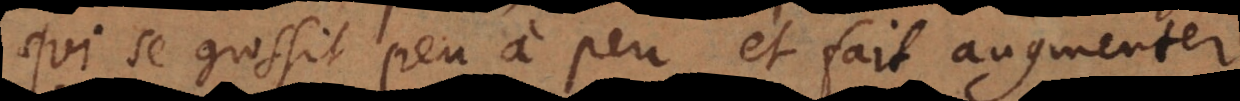
qui se grossit peu à peu, et fait augmenter